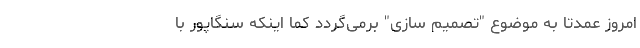
امروز عمدتاً به موضوع "تصمیم ­سازی" برمی­گردد کما اینکه سنگاپور با